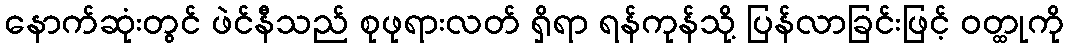
နောက်ဆုံးတွင် ဖဲင်နီသည် စုဖုရားလတ် ရှိရာ ရန်ကုန်သို့ ပြန်လာခြင်းဖြင့် ဝတ္ထုကို